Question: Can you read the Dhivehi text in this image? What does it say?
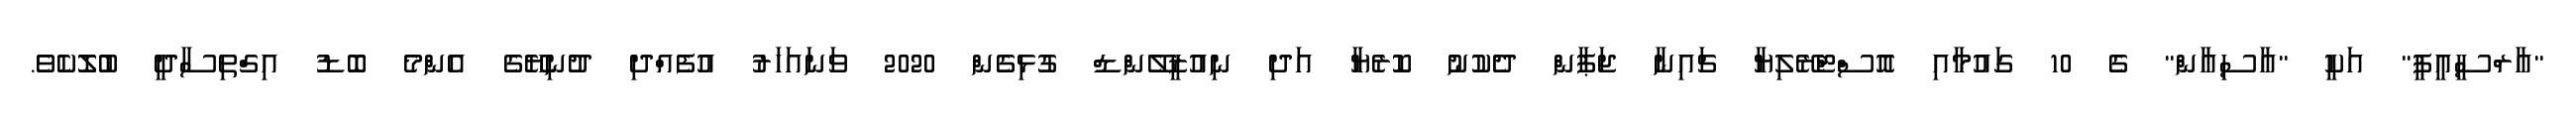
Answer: "އާރްސީއީޕީ" އަކީ "އާސިއާން" ގެ 10 ގައުމާއި އޮސްޓްރޭލިޔާ ޗައިނާ ޖަޕާން ދެކުނު ކޮރެޔާ އަދި ނިއުޒީލޭންޑް ގުޅިގެން 2020 ވަނައަހަރު އުފެއްދި ދުނިޔޭގެ އެންމެ ބޮޑު އިގްތިސާދީ ބުލޮކެވެ.